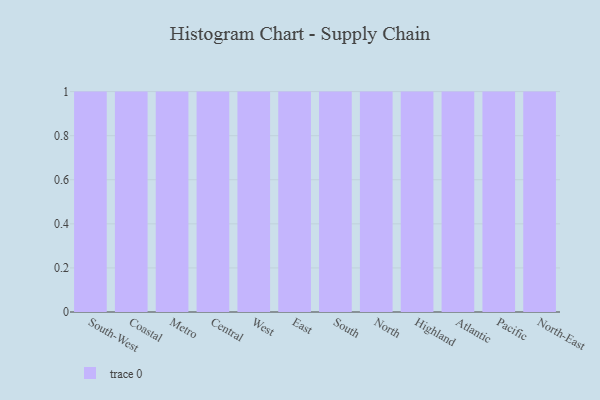
{"axis": {"x": "Region", "y": "Churn Rate (%)"}, "legend": [""], "data": [{"x": "South-West", "y": 91, "type": ""}, {"x": "Coastal", "y": 31, "type": ""}, {"x": "Metro", "y": 20, "type": ""}, {"x": "Central", "y": 83, "type": ""}, {"x": "West", "y": 76, "type": ""}, {"x": "East", "y": 22, "type": ""}, {"x": "South", "y": 22, "type": ""}, {"x": "North", "y": 52, "type": ""}, {"x": "Highland", "y": 31, "type": ""}, {"x": "Atlantic", "y": 75, "type": ""}, {"x": "Pacific", "y": 34, "type": ""}, {"x": "North-East", "y": 5, "type": ""}]}